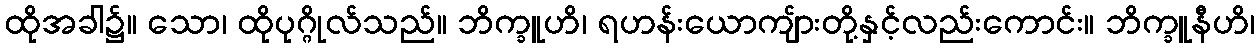
ထိုအခါ၌။ သော၊ ထိုပုဂ္ဂိုလ်သည်။ ဘိက္ခူဟိ၊ ရဟန်းယောကျ်ားတို့နှင့်လည်းကောင်း။ ဘိက္ခူနီဟိ၊